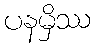
ပနမှိဿ